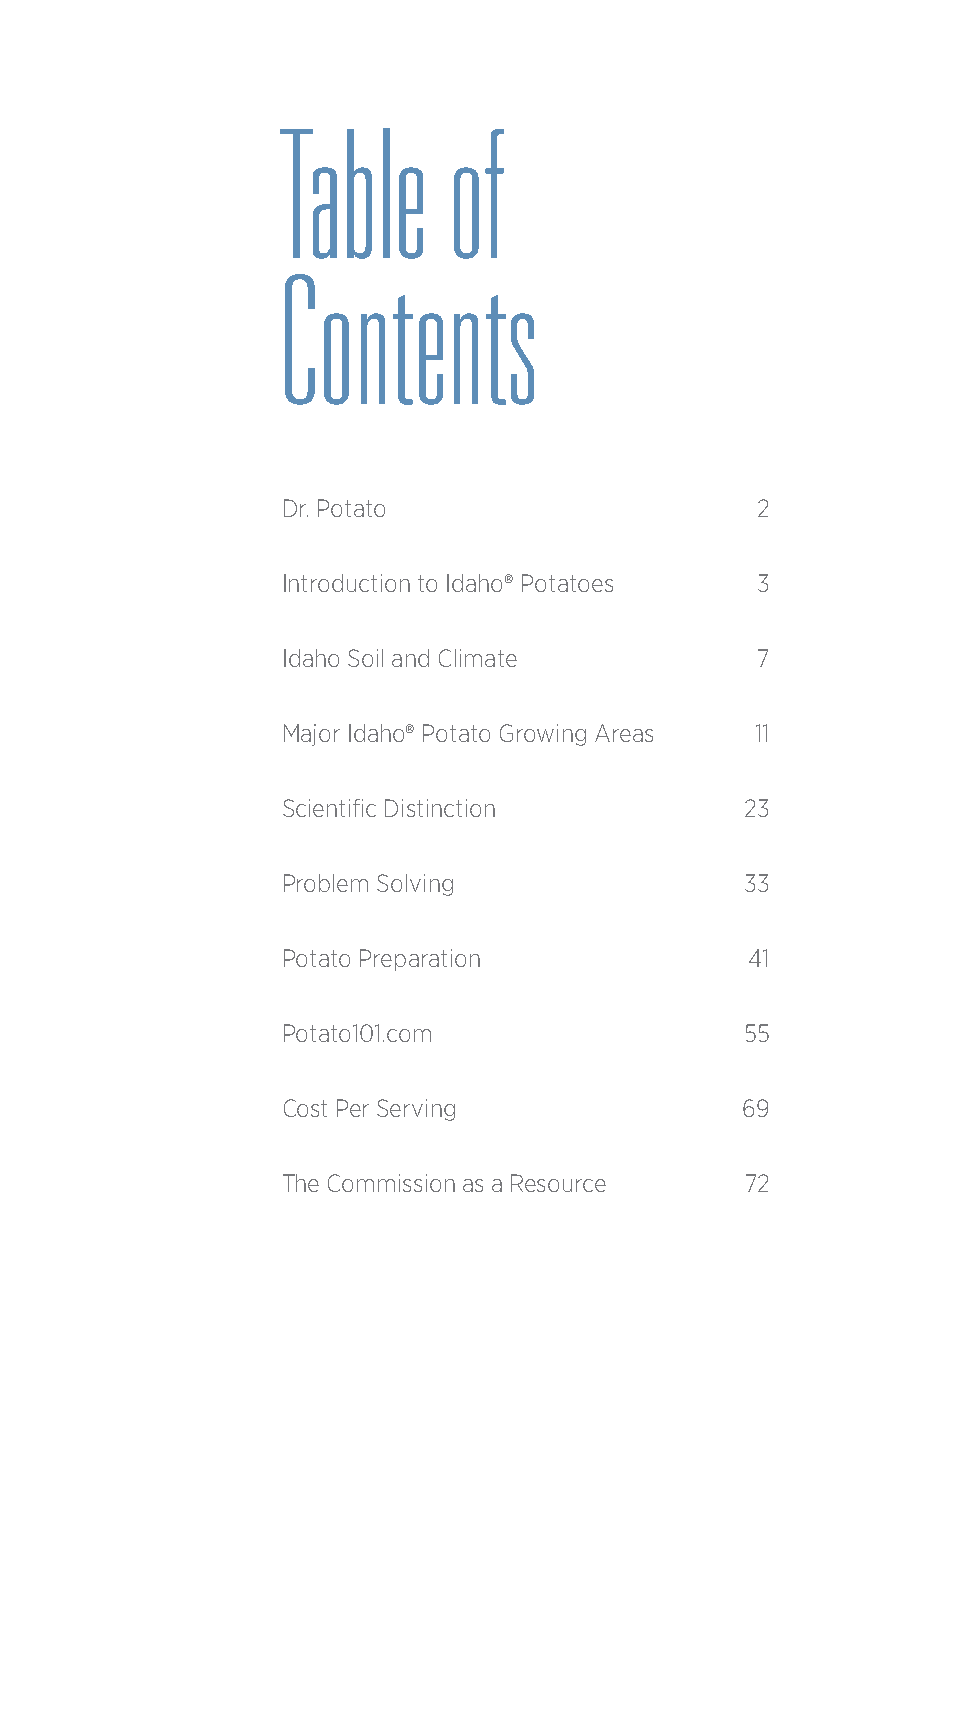
Table      of
 Contents
 Dr. Potato                     2
 Introduction to Idaho® Potatoes 3
 Idaho Soil and Climate         7
 Major Idaho® Potato Growing Areas 11
 Scientific Distinction        23
 Problem Solving               33
 Potato Preparation            41
 Potato101.com                 55
 Cost Per Serving              69
 The Commission as a Resource  72